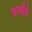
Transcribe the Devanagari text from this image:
प्रार्थये